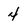
Character: 4